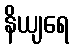
နိယျရေ